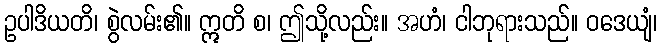
ဥပါဒိယတိ၊ စွဲလမ်း၏။ ဣတိ စ၊ ဤသို့လည်း။ အဟံ၊ ငါဘုရားသည်။ ဝဒေယျံ၊